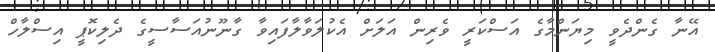
އޭނާ ގެންދެވީ މިޔަންމާގެ އަސްކަރީ ވެރިން އަލަށް އެކުލަވާލާފައިވާ ގާނޫނުއަސާސީގެ ދެލިކޮޕީ އިސްލާހް